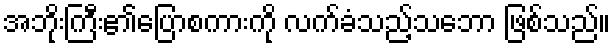
အဘိုးကြီး၏ပြောစကားကို လက်ခံသည့်သဘော ဖြစ်သည်။